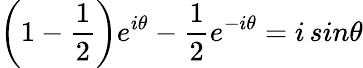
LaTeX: \left(1-{\frac{1}{2}}\right)e^{i\theta}-{\frac{1}{2}}e^{-i\theta}=i\, sin\theta